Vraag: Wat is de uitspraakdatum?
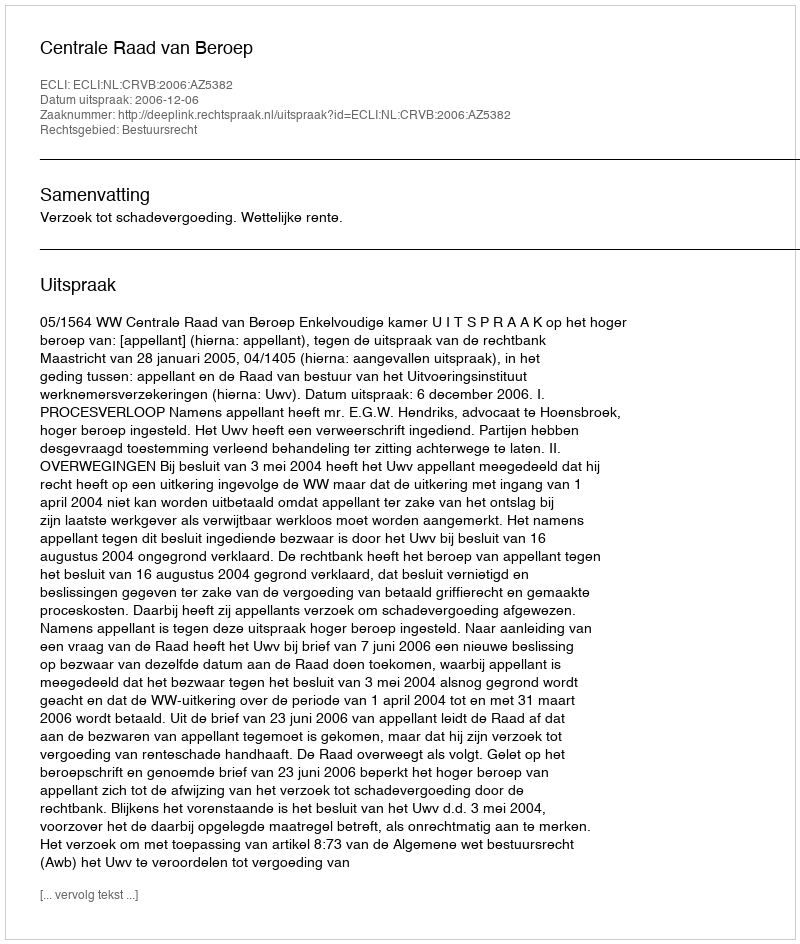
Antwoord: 2006-12-06